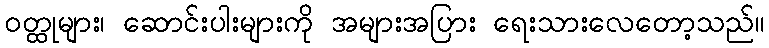
ဝတ္ထုများ၊ ဆောင်းပါးများကို အများအပြား ရေးသားလေတော့သည်။